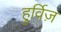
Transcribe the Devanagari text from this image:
हुर्विज़